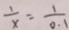
\frac { 1 } { x } = \frac { 1 } { 0 . 1 }